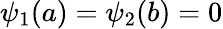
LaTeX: \psi_{1}(a)=\psi_{2}(b)=0